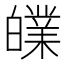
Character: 𤾧